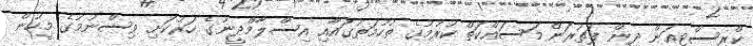
ކްރިސްޓިއަން ދީން ފަތުރަން މަސައްކަތް ކުރުމުގެ ތުހުމަތުގައާއި އިސްލާމްދީނުގެ ހަރުކަށި ވިސްނުމުގެ މީހުން